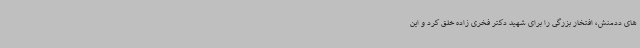
های ددمنش، افتخار بزرگی را برای شهید دکتر فخری زاده خلق کرد و این